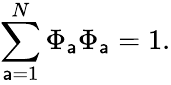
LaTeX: \sum_{{\mathsf{a}}=1}^{N}\Phi_{\mathsf{a}}\Phi_{\mathsf{a}}=1.